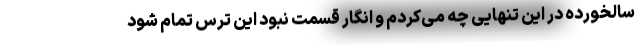
سالخورده در این تنهایی چه می‌کردم و انگار قسمت نبود این ترس تمام شود